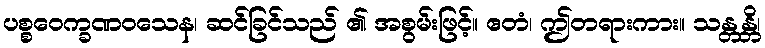
ပစ္စဝေက္ခဏဝသေန၊ ဆင်ခြင်သည် ၏ အစွမ်းဖြင့်။ ဧတံ၊ ဤတရားကား။ သန္တန္တိ၊